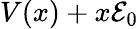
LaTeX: V(x)+x{\cal E}_{0}